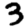
Digit: 3